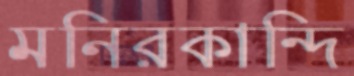
মনিরকান্দি